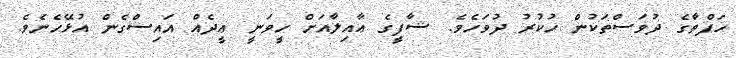
ހަފްތާގެ ދުވަސްތަކުން ހުކުރު ދުވަހެވެ. ޝާފީގެ ޢާއިލާއަށް ހީވަނީ ޢީދެއް އައިސްގެން އުޅޭހެނެވެ.